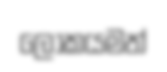
ලෝකයමත්